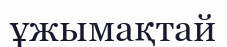
ұжымақтай